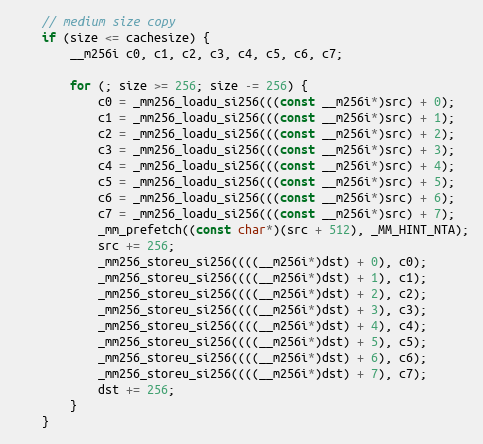
Language: C
	// medium size copy
	if (size <= cachesize) {
		__m256i c0, c1, c2, c3, c4, c5, c6, c7;

		for (; size >= 256; size -= 256) {
			c0 = _mm256_loadu_si256(((const __m256i*)src) + 0);
			c1 = _mm256_loadu_si256(((const __m256i*)src) + 1);
			c2 = _mm256_loadu_si256(((const __m256i*)src) + 2);
			c3 = _mm256_loadu_si256(((const __m256i*)src) + 3);
			c4 = _mm256_loadu_si256(((const __m256i*)src) + 4);
			c5 = _mm256_loadu_si256(((const __m256i*)src) + 5);
			c6 = _mm256_loadu_si256(((const __m256i*)src) + 6);
			c7 = _mm256_loadu_si256(((const __m256i*)src) + 7);
			_mm_prefetch((const char*)(src + 512), _MM_HINT_NTA);
			src += 256;
			_mm256_storeu_si256((((__m256i*)dst) + 0), c0);
			_mm256_storeu_si256((((__m256i*)dst) + 1), c1);
			_mm256_storeu_si256((((__m256i*)dst) + 2), c2);
			_mm256_storeu_si256((((__m256i*)dst) + 3), c3);
			_mm256_storeu_si256((((__m256i*)dst) + 4), c4);
			_mm256_storeu_si256((((__m256i*)dst) + 5), c5);
			_mm256_storeu_si256((((__m256i*)dst) + 6), c6);
			_mm256_storeu_si256((((__m256i*)dst) + 7), c7);
			dst += 256;
		}
	}